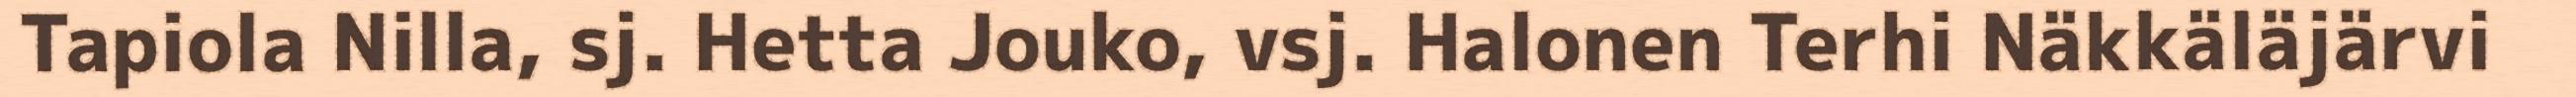
Tapiola Nilla, sj. Hetta Jouko, vsj. Halonen Terhi Näkkäläjärvi